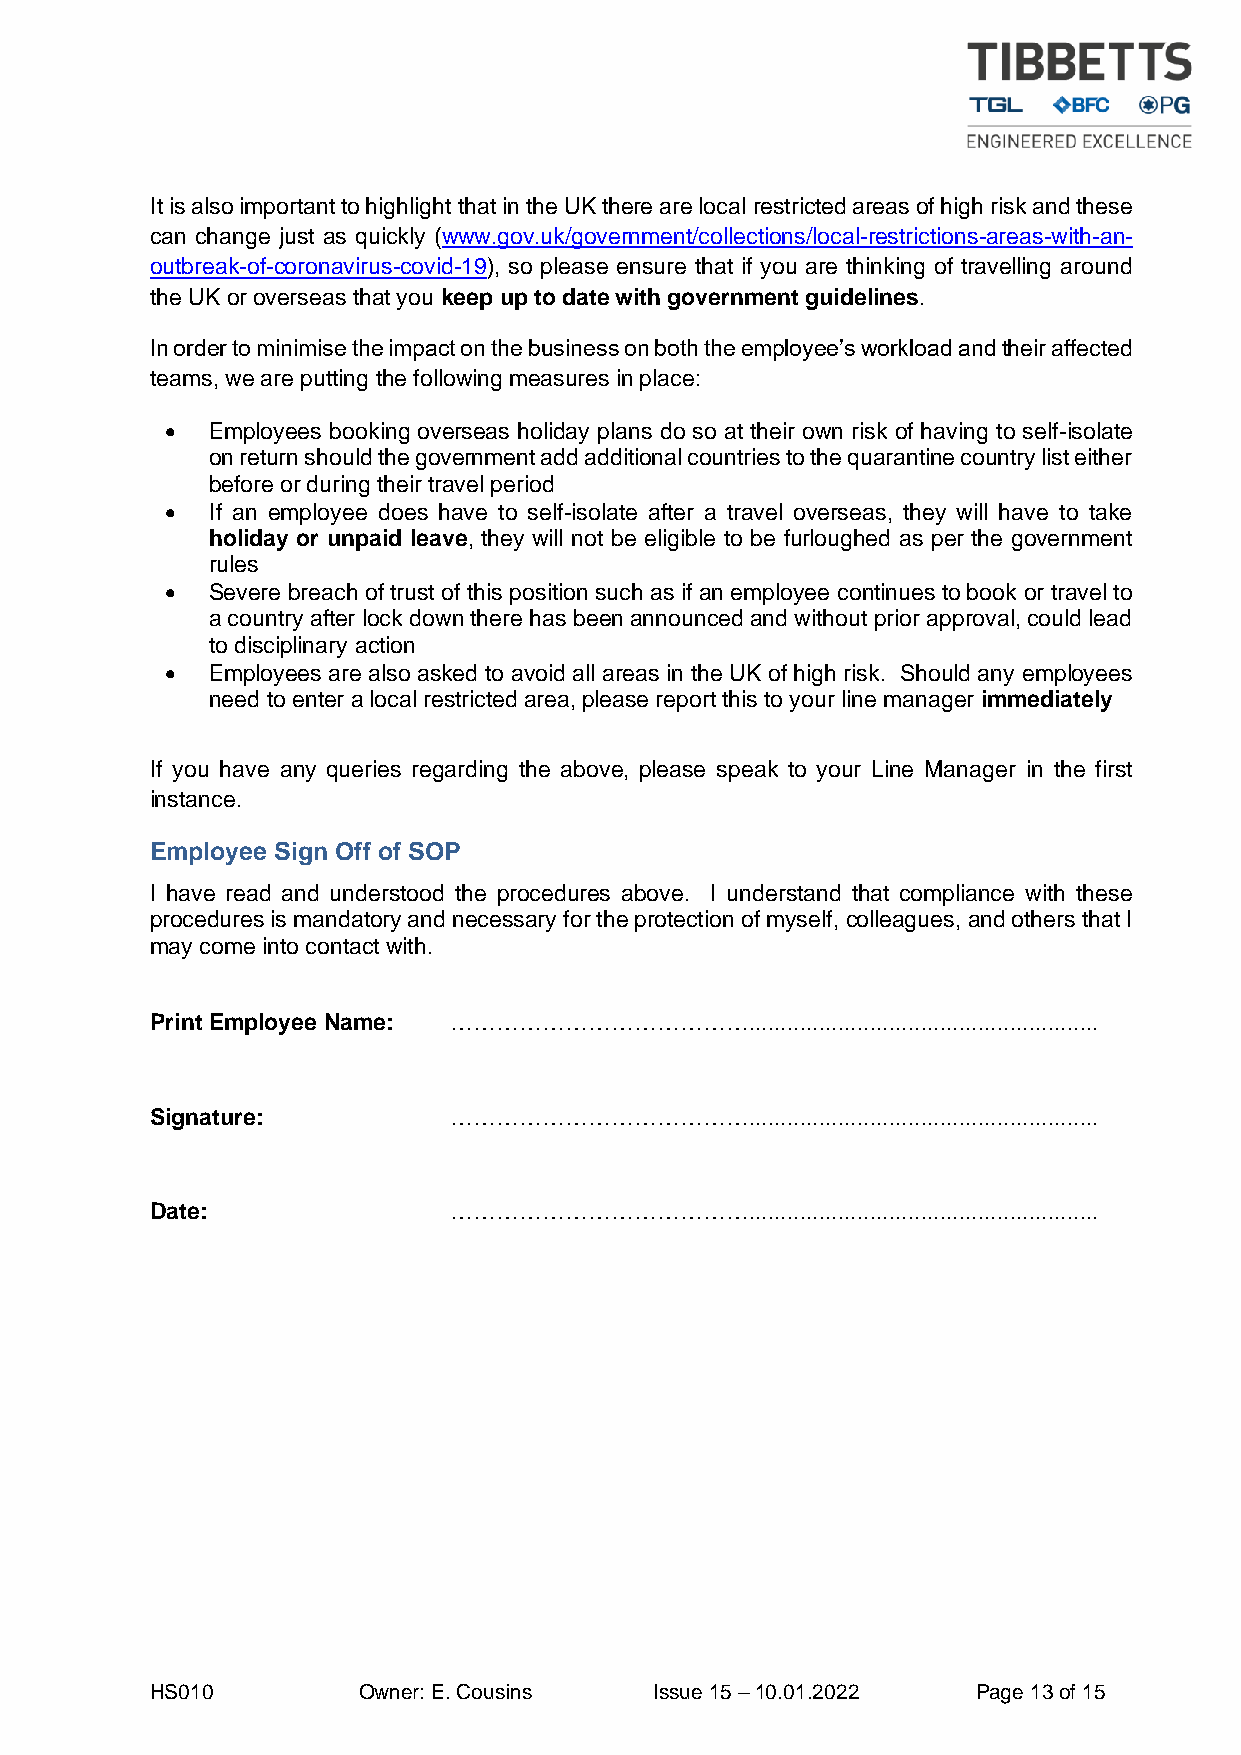
It is also important to highlight that in the UK there are local restricted areas of high risk and these
 can change just as quickly (www.gov.uk/government/collections/local-restrictions-areas-with-an-
 outbreak-of-coronavirus-covid-19), so please ensure that if you are thinking of travelling around
 the UK or overseas that you keep up to date with government guidelines.
 In order to minimise the impact on the business on both the employee’s workload and their affected
 teams, we are putting the following measures in place:
 •  Employees booking overseas holiday plans do so at their own risk of having to self-isolate
 on return should the government add additional countries to the quarantine country list either
 before or during their travel period
 •  If an employee does have to self-isolate after a travel overseas, they will have to take
 holiday or unpaid leave, they will not be eligible to be furloughed as per the government
 rules
 •  Severe breach of trust of this position such as if an employee continues to book or travel to
 a country after lock down there has been announced and without prior approval, could lead
 to disciplinary action
 •  Employees are also asked to avoid all areas in the UK of high risk. Should any employees
 need to enter a local restricted area, please report this to your line manager immediately
 If you have any queries regarding the above, please speak to your Line Manager in the first
 instance.
 Employee Sign Off of SOP
 I have read and understood the procedures above. I understand that compliance with these
 procedures is mandatory and necessary for the protection of myself, colleagues, and others that I
 may come into contact with.
 Print Employee Name: ………………………………….......................................................
 Signature:          ………………………………….......................................................
 Date:               ………………………………….......................................................
 HS010         Owner: E. Cousins  Issue 15 – 10.01.2022 Page 13 of 15